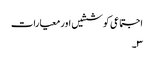
اجتماعی کوششیں اور معیارات
۳۔